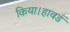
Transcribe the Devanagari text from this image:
किया।हावर्ड